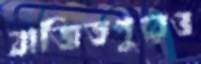
বাজিতপুরেও